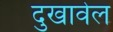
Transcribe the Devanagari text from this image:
दुखावेल